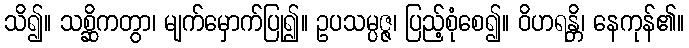
သိ၍။ သစ္ဆိကတွာ၊ မျက်မှောက်ပြု၍။ ဥပသမ္ပဇ္ဇ၊ ပြည့်စုံစေ၍။ ဝိဟရန္တိ၊ နေကုန်၏။